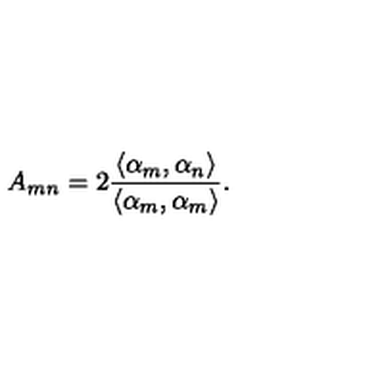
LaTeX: A _ { m n } = 2 \frac { \langle \alpha _ { m } , \alpha _ { n } \rangle } { \langle \alpha _ { m } , \alpha _ { m } \rangle } .